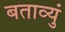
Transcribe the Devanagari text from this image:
बताव्युं